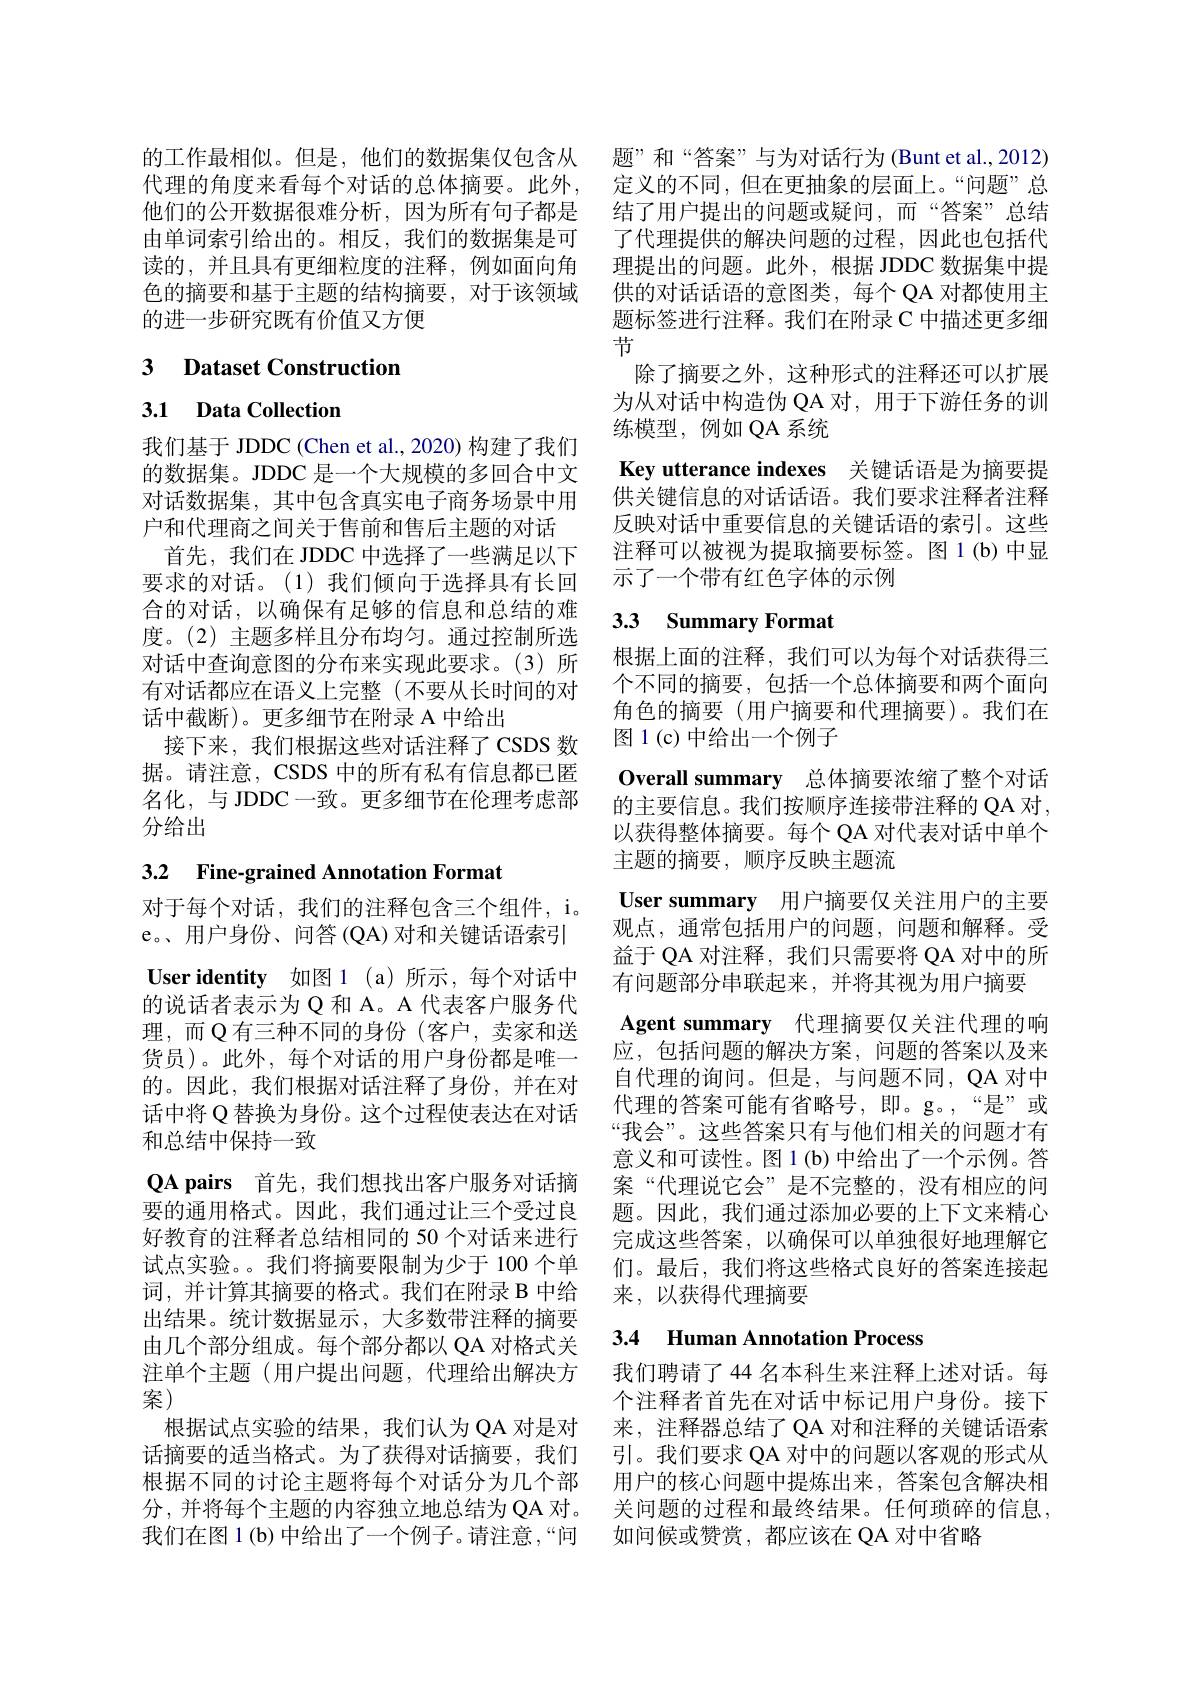
的工作最相似。但是，他们的数据集仅包含从 题”和“答案”与为对话行为(Buntet al.,2012) 代理的角度来看每个对话的总体摘要。此外，定义的不同，但在更抽象的层面上。“问题”总他们的公开数据很难分析，因为所有句子都是 结了用户提出的问题或疑问，而“答案”总结由单词索引给出的。相反，我们的数据集是可 了代理提供的解决问题的过程，因此也包括代读的，并且具有更细粒度的注释，例如面向角 理提出的问题。此外，根据 JDDC 数据集中提色的摘要和基于主题的结构摘要，对于该领域 供的对话话语的意图类，每个 QA 对都使用主的进一步研究既有价值又方便

## 3 $\textbf{Dataset Construction}$

3.1 Data Collection

我们基于 JDDC (Chen et al., 2020) 构建了我们要求的对话。(1)我们倾向于选择具有长回合的对话，以确保有足够的信息和总结的难度。(2) 主题多样且分布均匀。通过控制所选对话中查询意图的分布来实现此要求。(3)所有对话都应在语义上完整(不要从长时间的对话中截断)。更多细节在附录 A 中给出
接下来，我们根据这些对话注释了CSDS 数据。请注意，CSDS 中的所有私有信息都已匿名化，与 JDDC一致。更多细节在伦理考虑部分给出

## 3.2 Fine-grained Annotation Format

对于每个对话，我们的注释包含三个组件，i。e。、用户身份、问答(QA)对和关键话语索引User identity 如图 1 (a)所示，每个对话中的说话者表示为 Q 和 A。A 代表客户服务代理，而$\mathbb{Q}$有三种不同的身份(客户，卖家和送货员)。此外，每个对话的用户身份都是唯一的。因此，我们根据对话注释了身份，并在对话中将 Q 替换为身份。这个过程使表达在对话和总结中保持一致
$\textbf{QA pairs 首 先 , 我 们 想 找 出 客 户 服 务 对 话 摘 }$ 要的通用格式。因此，我们通过让三个受过良好教育的注释者总结相同的 50 个对话来进行试点实验。。我们将摘要限制为少于 100个单词，并计算其摘要的格式。我们在附录 B 中给出结果。统计数据显示，大多数带注释的摘要由几个部分组成。每个部分都以 QA 对格式关注单个主题 (用户提出问题，代理给出解决方案)
根据试点实验的结果，我们认为 QA 对是对话摘要的适当格式。为了获得对话摘要，我们根据不同的讨论主题将每个对话分为几个部 用户的核心问题中提炼出来，答案包含解决相分，并将每个主题的内容独立地总结为 QA 对。关问题的过程和最终结果。任何琐碎的信息， 我们在图 1 (b) 中给出了一个例子。请注意，“问

题标签进行注释。我们在附录 C 中描述更多细
节
除了摘要之外，这种形式的注释还可以扩展为从对话中构造伪 QA 对，用于下游任务的训练模型，例如 QA 系统
的数据集。JDDC 是一个大规模的多回合中文 Key utterance indexes 关键话语是为摘要提对话数据集，其中包含真实电子商务场景中用 供关键信息的对话话语。我们要求注释者注释户和代理商之间关于售前和售后主题的对话 反映对话中重要信息的关键话语的索引。这些
首先，我们在 JDDC 中选择了一些满足以下 注释可以被视为提取摘要标签。图 1(b)中显
示了一个带有红色字体的示例

## 3.3 Summary Format

根据上面的注释，我们可以为每个对话获得三个不同的摘要，包括一个总体摘要和两个面向角色的摘要(用户摘要和代理摘要)。我们在图 1(c) 中给出一个例子
Overall summary 总体摘要浓缩了整个对话的主要信息。我们按顺序连接带注释的 QA 对， 以获得整体摘要。每个 QA 对代表对话中单个主题的摘要，顺序反映主题流
User summary 用户摘要仅关注用户的主要观点，通常包括用户的问题，问题和解释。受益于 QA 对注释，我们只需要将 QA 对中的所有问题部分串联起来，并将其视为用户摘要
Agent summary 代理摘要仅关注代理的响应，包括问题的解决方案，问题的答案以及来自代理的询问。但是，与问题不同，QA 对中代理的答案可能有省略号，即。g。,“是”或“我会”。这些答案只有与他们相关的问题才有意义和可读性。图 1(b) 中给出了一个示例。答案“代理说它会”是不完整的，没有相应的问题。因此，我们通过添加必要的上下文来精心完成这些答案，以确保可以单独很好地理解它们。最后，我们将这些格式良好的答案连接起来，以获得代理摘要

### 3.4 Human Annotation Process

我们聘请了44名本科生来注释上述对话。每个注释者首先在对话中标记用户身份。接下来，注释器总结了 QA 对和注释的关键话语索引。我们要求 QA 对中的问题以客观的形式从如问候或赞赏，都应该在 QA 对中省略